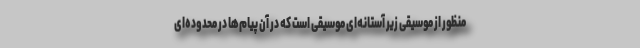
منظور از موسیقی زیر آستانه‌ای موسیقی است که در آن پیام‌ها در محدوده‌ای